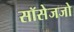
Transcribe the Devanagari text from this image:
सॉसेजजो